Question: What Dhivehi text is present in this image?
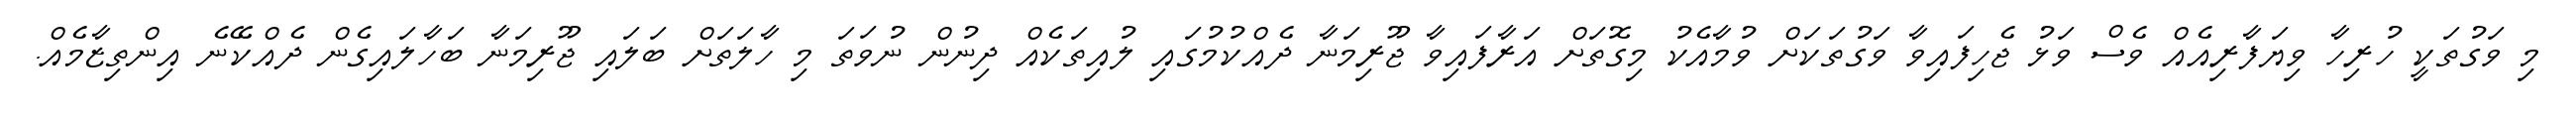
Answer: މި ވަގުތަކީ ހުރިހާ ވިޔަފާރިއެއް ވެސް ވަޅު ޖެހިފައިވާ ވަގުތަކަށް ވުމާއެކު މިގޮތަށް އަރާފައިވާ ޖޫރިމަނާ ދެއްކުމުގައި ލުއިތަކެއް ދިނުން ނުވަތަ މި ހާލަތަށް ބަލައި ޖޫރިމަނާ ބަހާލައިގެން ދެއްކޭނެ އިންތިޒާމެއް.